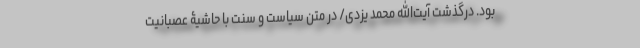
بود. درگذشت آیت‌الله محمد یزدی‌/ در متن سیاست و سنت با حاشیۀ عصبانیت